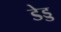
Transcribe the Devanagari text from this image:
डेड्ड